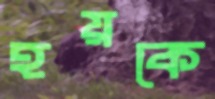
হয়কে